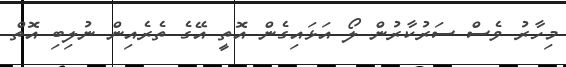
މިހާރު ވެސް ސަރުކާރުން ލޯ އަޅައިގެން އޮތީ އޭގެ ތެރެއިން ނުލިބި އޮތް